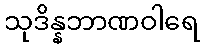
သုဒိန္နဘာဏဝါရေ